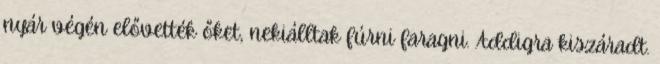
nyár végén elővették őket, nekiálltak fúrni faragni. Addigra kiszáradt.